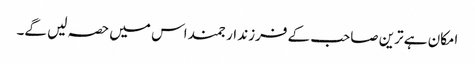
امکان ہے ترین صاحب کے فرزند ارجمند اس میں حصہ لیں گے۔